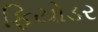
ફિયોડર